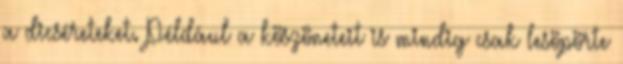
a dicséreteket. Például a köszöneteit is mindig csak lesöpörte